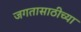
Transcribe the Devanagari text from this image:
जगतासाठीच्या